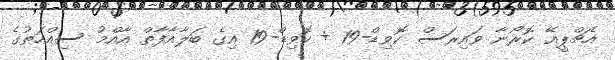
އެޗްޕީއޭ ކޮރޯނާ ވައިރަސް ކޮވިޑް-19 + ކޮވިޑް-19 އިގެ ބަލާއާފާތް އާއްމު ސިއްހަތުގެ